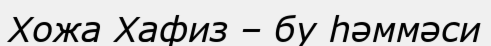
Хожа Хафиз – бу һәммәси